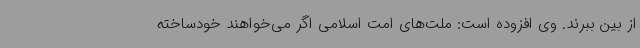
از بین ببرند. وی افزوده است: ملت‌های امت اسلامی اگر می‌خواهند خودساخته